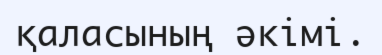
қаласының әкімі.